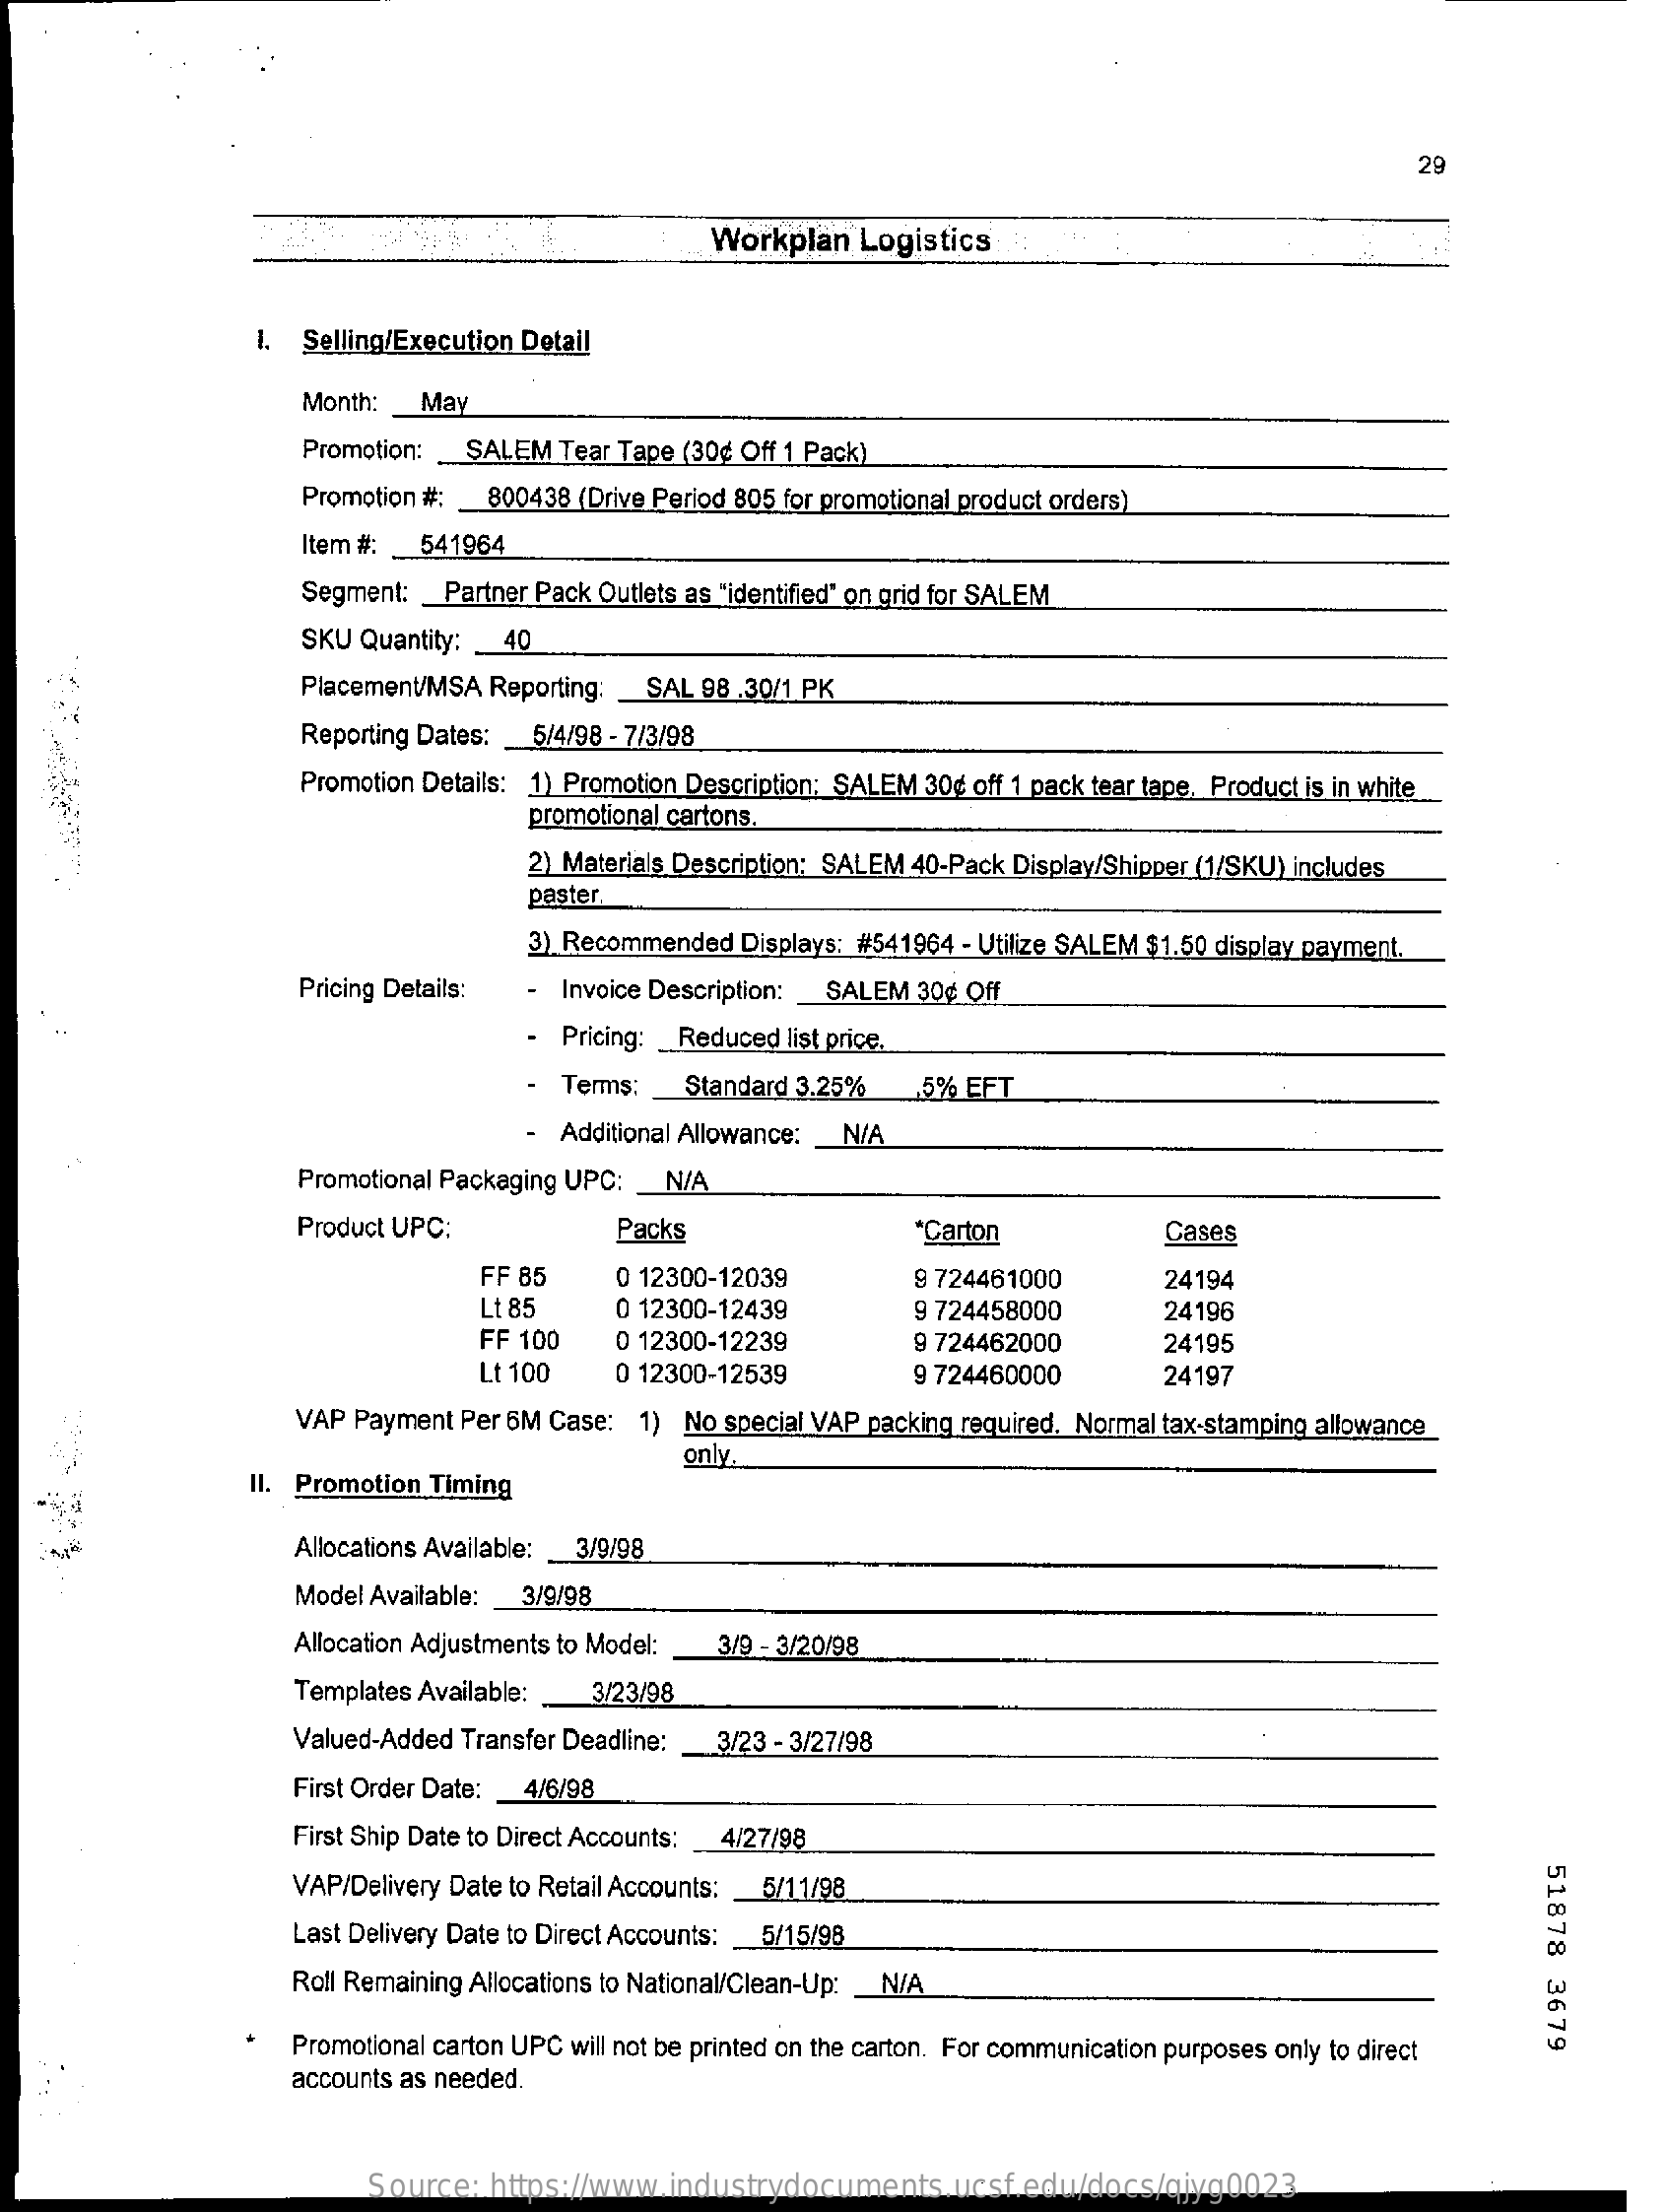
29
     Workplan   Logistics
     1. Selling/Execution Detail
     Month: _ May
     Promotion:  SALEM  Tear Tape (30¢ Off 1 Pack)
     Promotion #: 800438 (Drive Period 805 for promotional product orders)
     Item #: _ 541964
     Segment: _ Partner Pack Outlets as "identified" on grid for SALEM
     SKU Quantity: _ 40
     Placement/MSA Reporting: _ SAL 98 .30/1 PK
     Reporting Dates: 5/4/98 - 7/3/98
     Promotion Details: 1) Promotion Description; SALEM 30¢ off 1 pack tear tape. Product is in white
     promotional cartons.
     2) Materials Description: SALEM 40-Pack Display/Shipper (1/SKU) includes
     paster.
     3) Recommended  Displays: #541964 - Utilize SALEM $1.50 display payment.
     Pricing Details: - Invoice Description: SALEM 30g Off
     -  Pricing: _ Reduced list price.
     -  Terms:   Standard 3.25%    5% EFT
     Additional Allowance: N/A
     Promotional Packaging UPC: _ N/A
     Product UPC:    Packs    *Carton    Cases
     FF 85    0 12300-12039    9 724461000    24194
     Lt 85    0 12300-12439    9 724458000    24196
     FF 100    0 12300-12239    9 724462000    24195
     Lt 100    0 12300-12539    9 724460000    24197
     VAP Payment Per 6M Case:  1) No special VAP packing required. Normal tax-stamping allowance
     only.
     II. Promotion Timing
     Allocations Available: _ 3/9/98
     Model Available: 3/9/98
     Allocation Adjustments to Model: 3/9 - 3/20/98
     Templates Available:  3/23/98
     Valued-Added Transfer Deadline: 3/23 - 3/27/98
     First Order Date: 4/6/98
     First Ship Date to Direct Accounts: 4/27/98
     51878
     3679
     VAP/Delivery Date to Retail Accounts: 5/11/98
     Last Delivery Date to Direct Accounts: _ 5/15/98
     Roll Remaining Allocations to National/Clean-Up: _ N/A
     Promotional carton UPC will not be printed on the carton. For communication purposes only to direct
     accounts as needed.
     Source:  https://www.industrydocuments.ucsf.edu/docs/qjyg0023